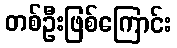
တစ်ဦးဖြစ်ကြောင်း